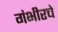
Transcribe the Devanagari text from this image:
गंभीरचे